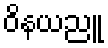
ဝိနယညူ